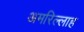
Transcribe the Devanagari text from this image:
अमरिल्लाह